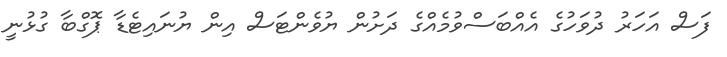
ފަސް އަހަރު ދުވަހުގެ އެއްބަސްވުމެއްގެ ދަށުން ޔުވެންޓަސް އިން ޔުނައިޓެޑާ ޕޮގްބާ ގުޅުނީ